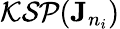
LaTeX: \mathcal{KSP}(\mathbf{J}_{n_{i}})